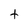
Character: t